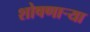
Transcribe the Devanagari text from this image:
शोषणाऱ्या